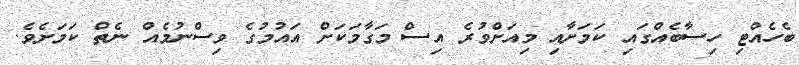
ބެހެއްޓި ހިސާބެއްގައި ކަމަށާއި މިއަށްވުރެ އިސް މަގާމަކަށް އައުމުގެ ވިސްނުމެއް ނެތް ކަމަށެވެ.